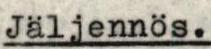
Jäljennös.